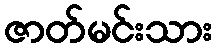
ဇာတ်မင်းသား